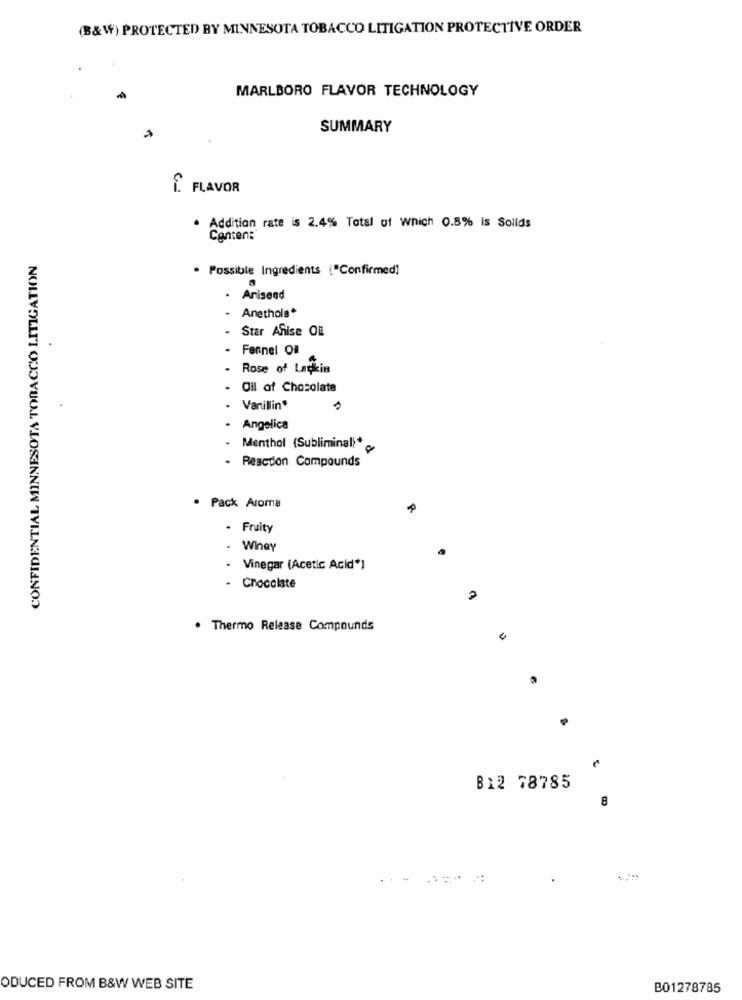
(B&W) PROTECTED BY MINNESOTA TOBACCO LITIGATION PROTECTIVE ORDER
MARLBORO FLAVOR TECHNOLOGY
SUMMARY
f. FLAVOR
Addition rate is 2.4% Total of Which 0.8% is Solids
Canten:
CONFIDENTIAL MINNESOTA TOBACCO LITIGATION
. Possible Ingredients ("Confirmed]
Anisend
- Anethola*
Star Afise OE
- Fennel Oil
Rose of Lagkin
- Oil of Chocolate
Vanillin
- Angelica
- Menthol (Subliminal)*
- Reaction Compounds
. Pack Aroma
- Fruity
Winey
· Vinegar (Acetic Acid*)
- Chocolate
. Thermo Release Compounds
B12 78785
8
ODUCED FROM B&W WEB SITE
B01278785